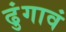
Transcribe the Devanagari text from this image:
ढुंगावं